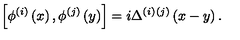
\left[ \phi ^ { ( i ) } \left( x \right) , \phi ^ { ( j ) } \left( y \right) \right] = i \Delta ^ { ( i ) } { } ^ { ( j ) } \left( x - y \right) .